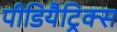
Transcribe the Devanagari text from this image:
पीडियैट्रिक्स